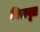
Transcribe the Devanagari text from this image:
निरावृत